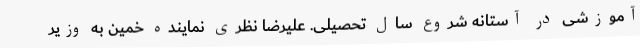
آموزشی در آستانه شروع سال تحصیلی. علیرضا نظری نماینده خمین به وزیر